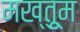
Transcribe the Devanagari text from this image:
मख्तुूम